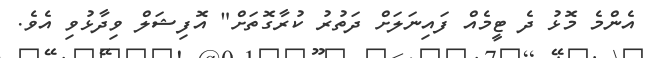
އެންމެ މޮޅު ދެ ޓީމެއް ފައިނަލަށް ދަތުރު ކުރާގޮތަށް" އޮފިޝަލް ވިދާޅުވި އެވެ.